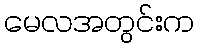
မေလအတွင်းက